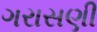
ગરાસણી